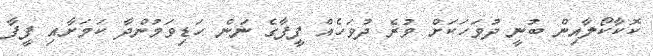
ކޮކާކޯލާއިން ބުނީ ދުވަހަކަށް ވުރެ ދުވަހެއް ފީފާގެ ނަން ހަޑިވަމުންދާ ކަމަށާއި ފީފާ